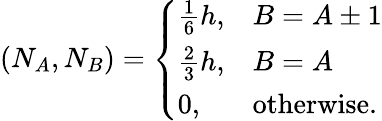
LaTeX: (N_{A},N_{B})=\left\{ \begin{array}{ll}{\frac{1}{6}h,}&{B=A\pm 1}\\ {\frac{2}{3}h,}&{B=A}\\ {0,}&{\mathrm{otherwise}.}\end{array}\right.